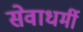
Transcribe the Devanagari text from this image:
सेवाधर्मी